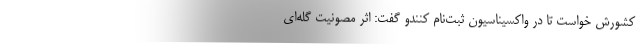
کشورش خواست تا در واکسیناسیون ثبت‌نام کنندو گفت: اثر مصونیت گله‌ای